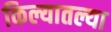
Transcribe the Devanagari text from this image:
किल्यातल्या